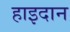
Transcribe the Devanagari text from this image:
हाइदान